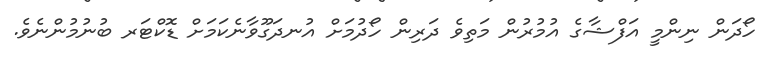
ހޯދަން ނިންމީ އަފްޝާގެ އުމުރުން މަތިވެ ދަރިން ހޯދުމަށް އުނދަގޫވާނެކަމަށް ޑޮކްޓަރ ބުނުމުންނެވެ.